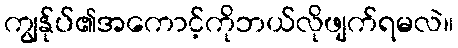
ကျွန်ုပ်၏အကောင့်ကိုဘယ်လိုဖျက်ရမလဲ။